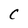
Character: C